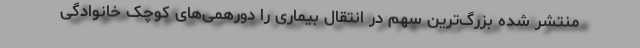
منتشر شده بزرگ‌ترین سهم در انتقال بیماری را دورهمی‌های کوچک خانوادگی